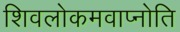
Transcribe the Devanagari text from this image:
शिवलोकमवाप्नोति